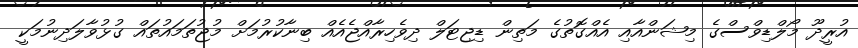
އުރީދޫ މޯލްޑިވްސްގެ މިޝަންއާއި އެއްގޮތުގެ މަތިން ޑިޖިޓަލް ދިވެހިރާއްޖެއެއް ބިނާކުރުމަށް މުޖުތަމައުތައް ގުޅުވާލަދިނުމަކީ